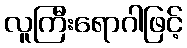
လူကြီးရောဂါဖြင့်